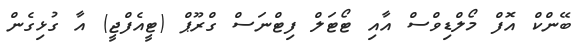
ބޭންކް އޮފް މޯލްޑިވްސް އާއި ޓޯޓަލް ފިޓްނަސް ގްރޫޕް (ޓީއެފްޖީ) އާ ގުޅިގެން